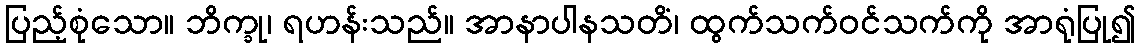
ပြည့်စုံသော။ ဘိက္ခု၊ ရဟန်းသည်။ အာနာပါနသတိံ၊ ထွက်သက်ဝင်သက်ကို အာရုံပြု၍